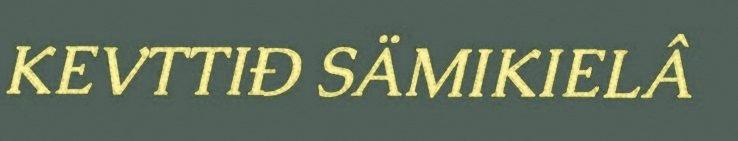
KEVTTIĐ SÄMIKIELÂ